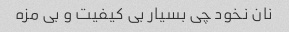
نان نخود چی بسیار بی کیفیت و بی مزه